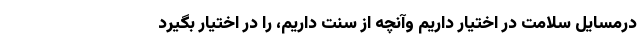
درمسایل سلامت در اختیار داریم وآنچه از سنت داریم، را در اختیار بگیرد